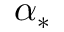
\alpha _ { * }